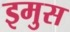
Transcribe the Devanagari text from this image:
इमुस